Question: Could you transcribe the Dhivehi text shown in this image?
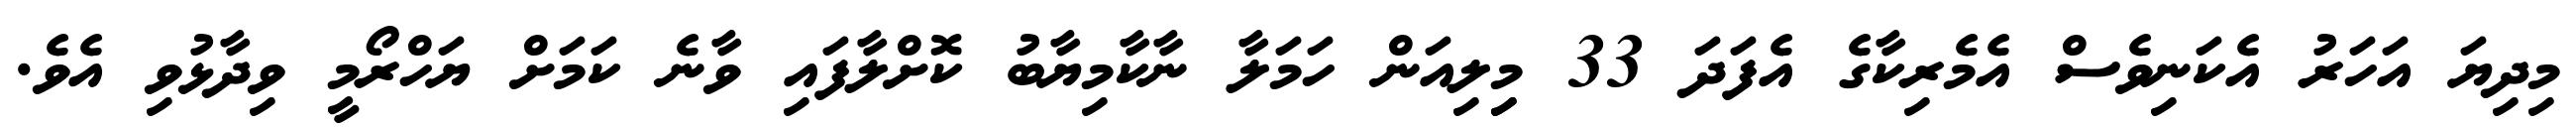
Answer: މިދިޔަ އަހަރު އެކަނިވެސް އެމެރިކާގެ އެފަދަ 33 މިިލިއަން ހަމަލާ ނާކާމިޔާބު ކޮށްލާފައި ވާނެ ކަމަށް ޔަހްރޯމީ ވިދާޅުވި އެވެ.